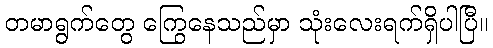
တမာရွက်တွေ ကြွေနေသည်မှာ သုံးလေးရက်ရှိပါပြီ။